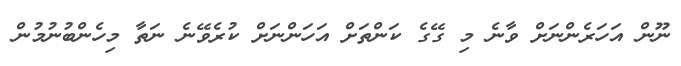
ނޫން އަހަރެންނަށް ވާނެ މި ގޭގެ ކަންތަށް އަހަންނަށް ކުރެވޭނެ ނަތާ މިހެންބުނުމުން